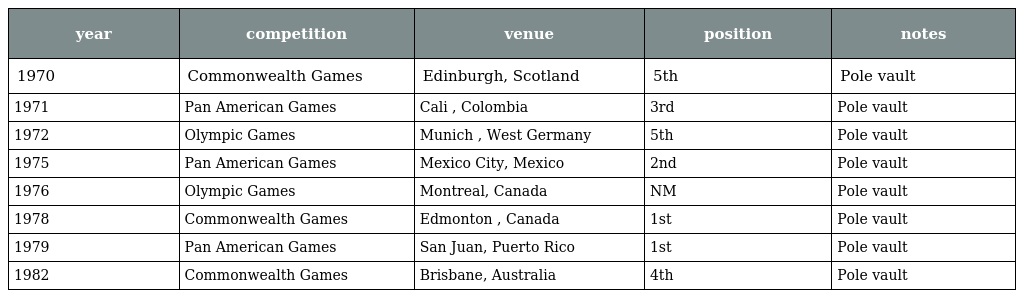
| year | competition | venue | position | notes |
 | --- | --- | --- | --- | --- |
 | 1970 | Commonwealth Games | Edinburgh, Scotland | 5th | Pole vault |
 | 1971 | Pan American Games | Cali , Colombia | 3rd | Pole vault |
 | 1972 | Olympic Games | Munich , West Germany | 5th | Pole vault |
 | 1975 | Pan American Games | Mexico City, Mexico | 2nd | Pole vault |
 | 1976 | Olympic Games | Montreal, Canada | NM | Pole vault |
 | 1978 | Commonwealth Games | Edmonton , Canada | 1st | Pole vault |
 | 1979 | Pan American Games | San Juan, Puerto Rico | 1st | Pole vault |
 | 1982 | Commonwealth Games | Brisbane, Australia | 4th | Pole vault |